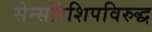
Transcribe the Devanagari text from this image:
सेन्सॉरशिपविरुद्ध